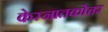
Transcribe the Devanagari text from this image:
केस्नातकोत्तर